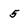
Character: 5